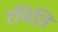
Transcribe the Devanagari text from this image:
रमिति